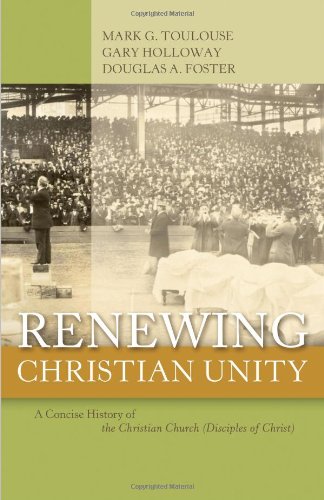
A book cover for Renewing Christian Unity: A Concise History of the Christian Church; Mark G. Toulouse; Christian Books & Bibles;